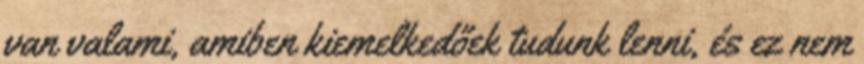
van valami, amiben kiemelkedőek tudunk lenni, és ez nem